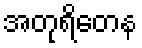
အတုရိတေန